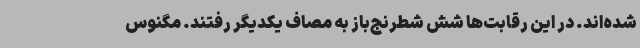
شده‌اند. در این رقابت‌ها شش شطرنج‌باز به مصاف یکدیگر رفتند. مگنوس